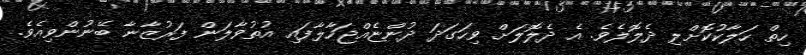
ހިތް ހަލާކުކޮށްލި ދެލޮލެވެ. އެ ދެލޮލަށް ވިހަގަދަ ދުންޏެއްޖަހާލާފައި އުތުވާލަން ފަރުޒާނާ ބޭނުންވިއެވެ.